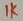
Text: 1K